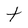
Character: t